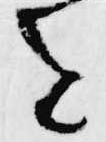
を